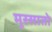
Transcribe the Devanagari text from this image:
मूस्सातो